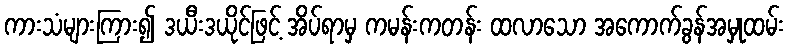
ကားသံများကြား၍ ဒယီးဒယိုင်ဖြင့် အိပ်ရာမှ ကမန်းကတန်း ထလာသော အကောက်ခွန်အမှုထမ်း